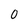
Character: 0